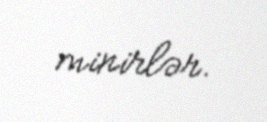
minirlər.